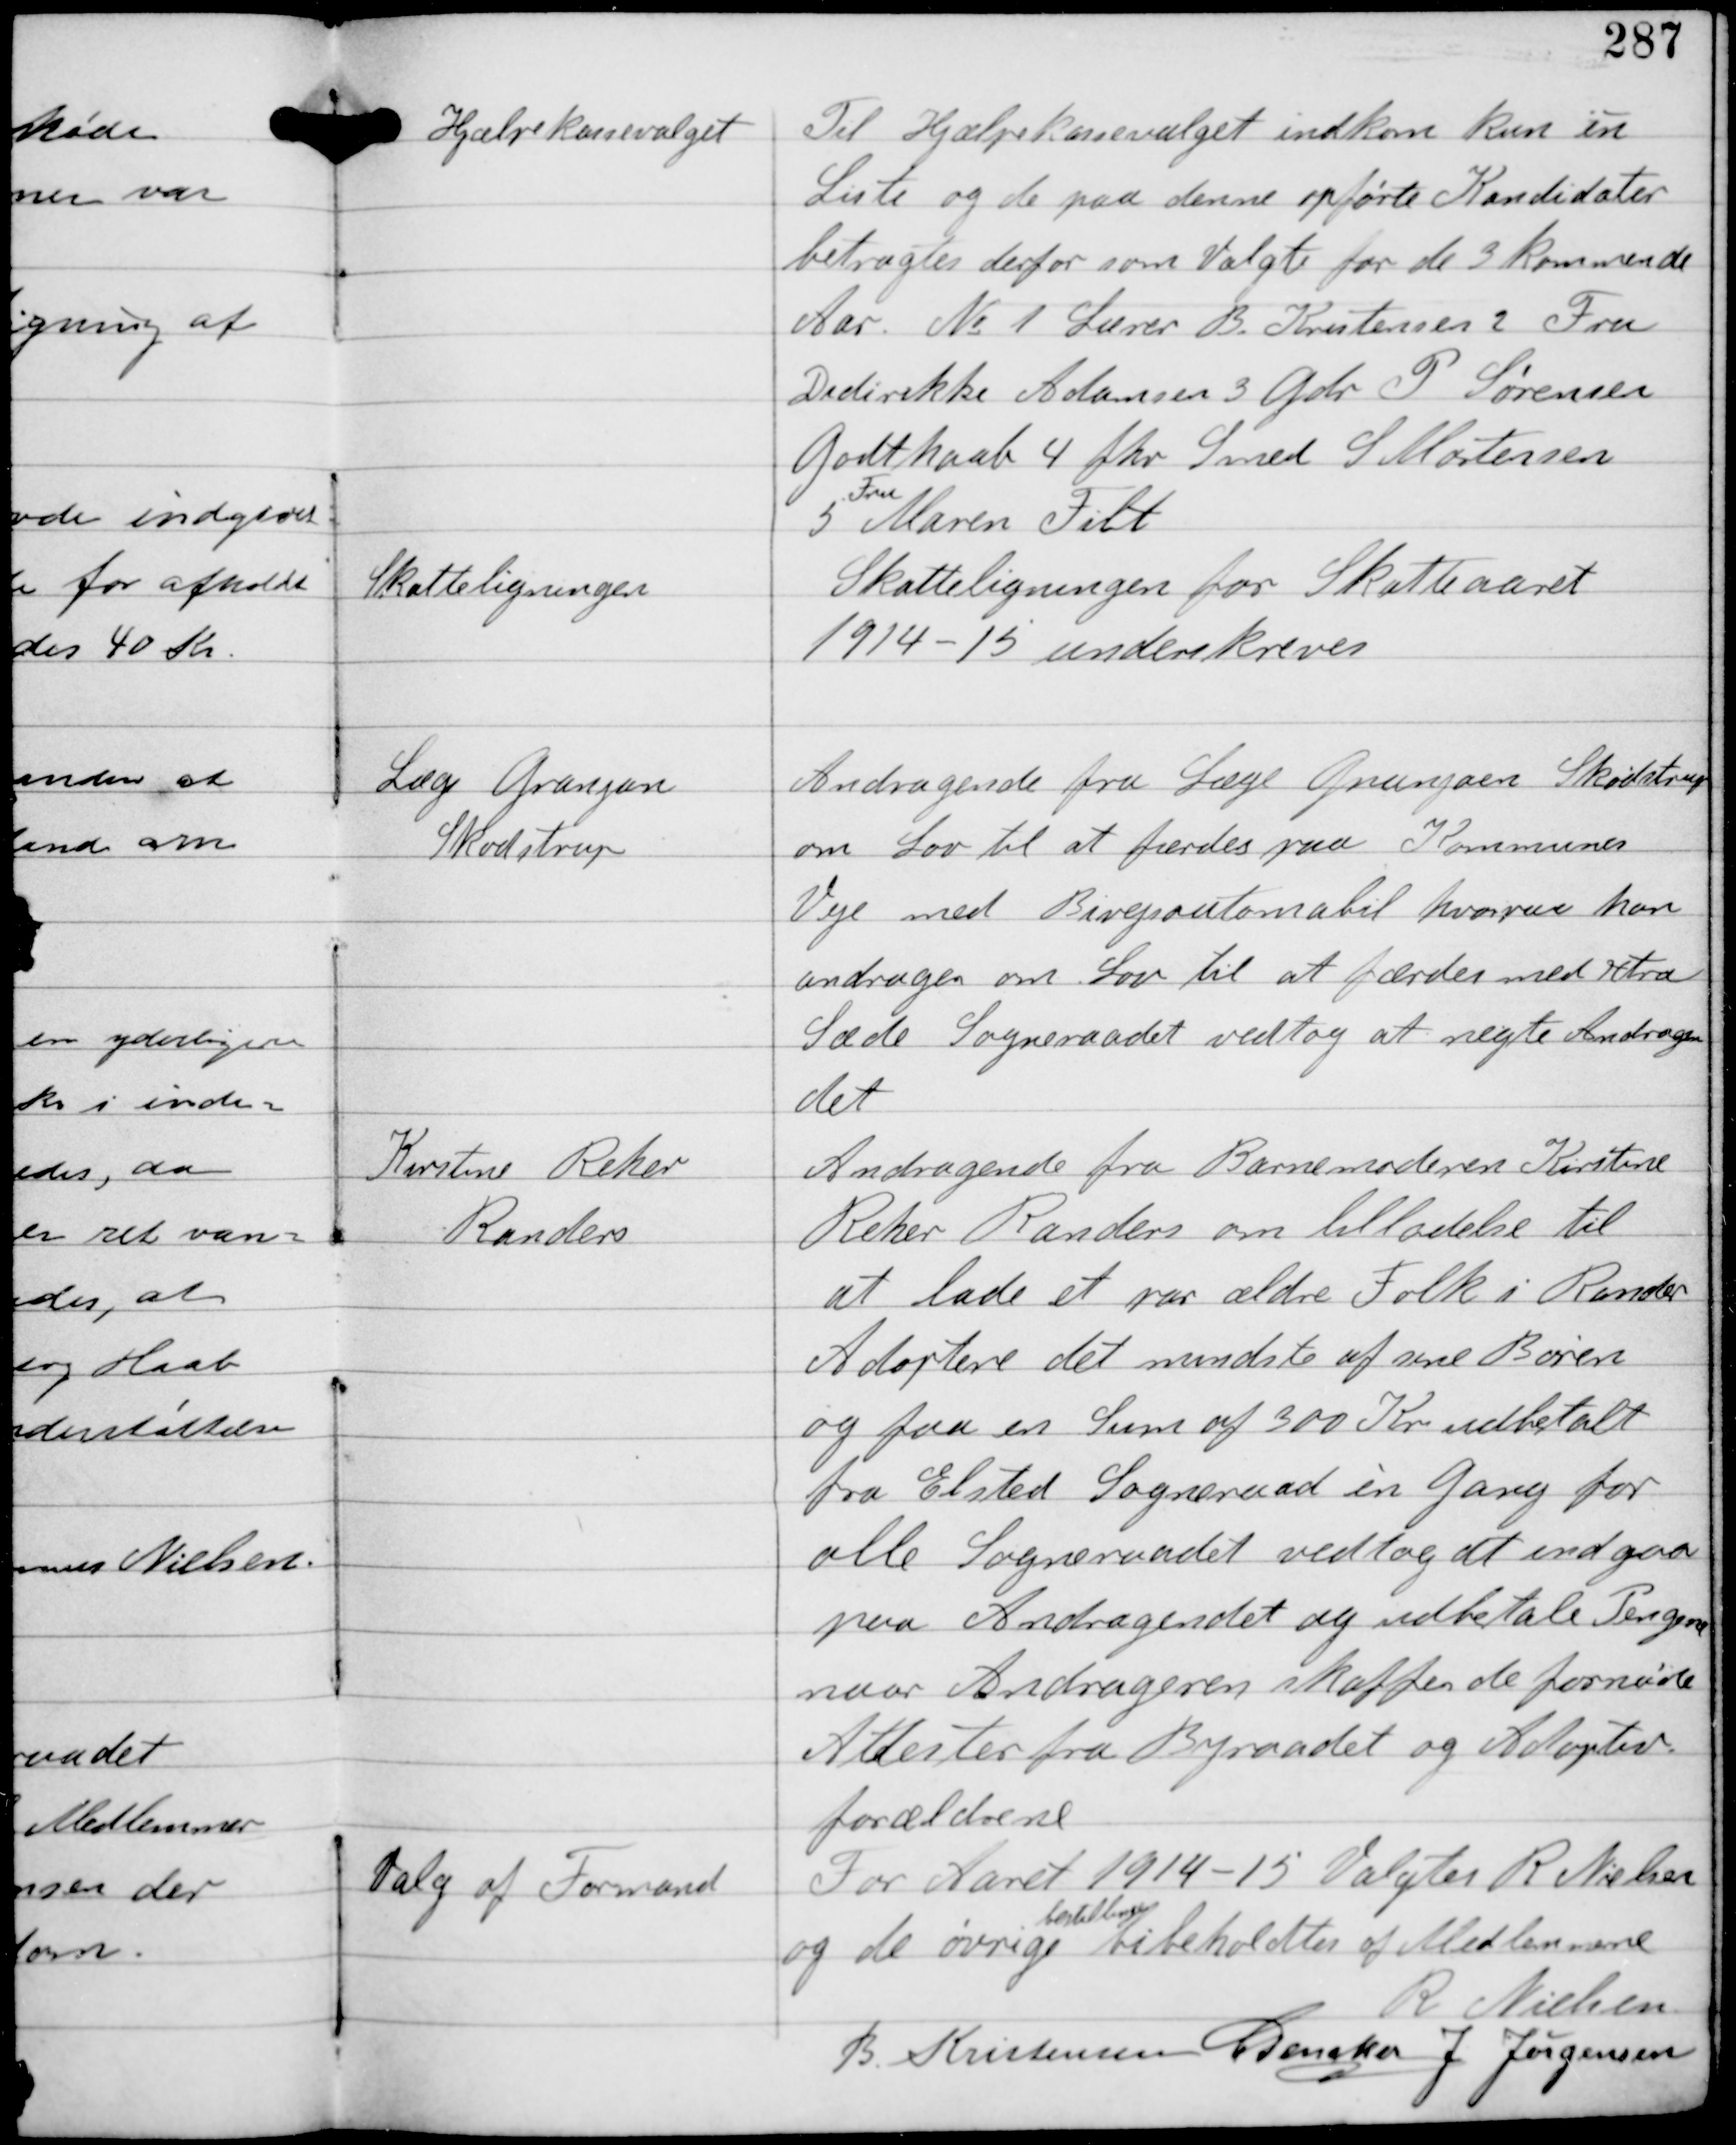
Transskription:
Hjælpekassevalget

Til Hjælpekassevalget indkom kun èn
Liste og de paa denne opførte Kandidater
betragtes derfor som Valgte for de 3 kommende
Aar. No 1 Lærer B. Kristensen 2 Fru
Dedirekke Adamsen 3 Gdr P. Sørensen
Godthaab 4 fhv Smed S Mortensen
5
Fru
Maren Filt

Skatteligningen

Skatteligningen for Skatteaaret
1914-15 underskreves

Læge Granjan
Skødstrup

Andragende fra Læge Granjaen Skødstrup
om Lov til at færdes paa Kommunens
Veje med Bivejsautomobil hvorpaa han
andrager om Lov til at færdes med extra
Sæde. Sogneraadet vedtog at nægte Andragen-
det

Kirstine Reher
Randers

Andragende fra Barnemoderen Kirstene
Reher Randers om tilladelse til
at lade et par ældre Folk i Randers
Adoptere det mindste af sine Børn
og faa en Sum af 300 Kr udbetalt
fra Elsted Sogneraad èn gang for
alle Sogneraadet vedtog at indgaa
paa Andragendet og udbetale Pengene
naar Andrageren skaffer de fornødne
Attester fra Byraadet og Adoptiv-
forældrene

Valg af Formand

For Aaret 1914-15 Valgtes R Nielsen
og de øvrige
bestillinger
bibeholdtes af Medlemmerne
R Nielsen
B Kristensen C Dencker J Jørgensen